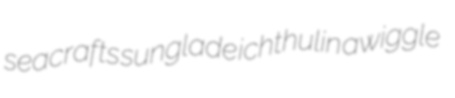
seacrafts sunglade ichthulin awiggle